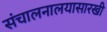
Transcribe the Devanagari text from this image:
संचालनालयासारखी